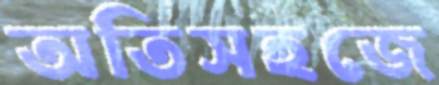
অতিসহজে